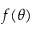
f ( \theta )